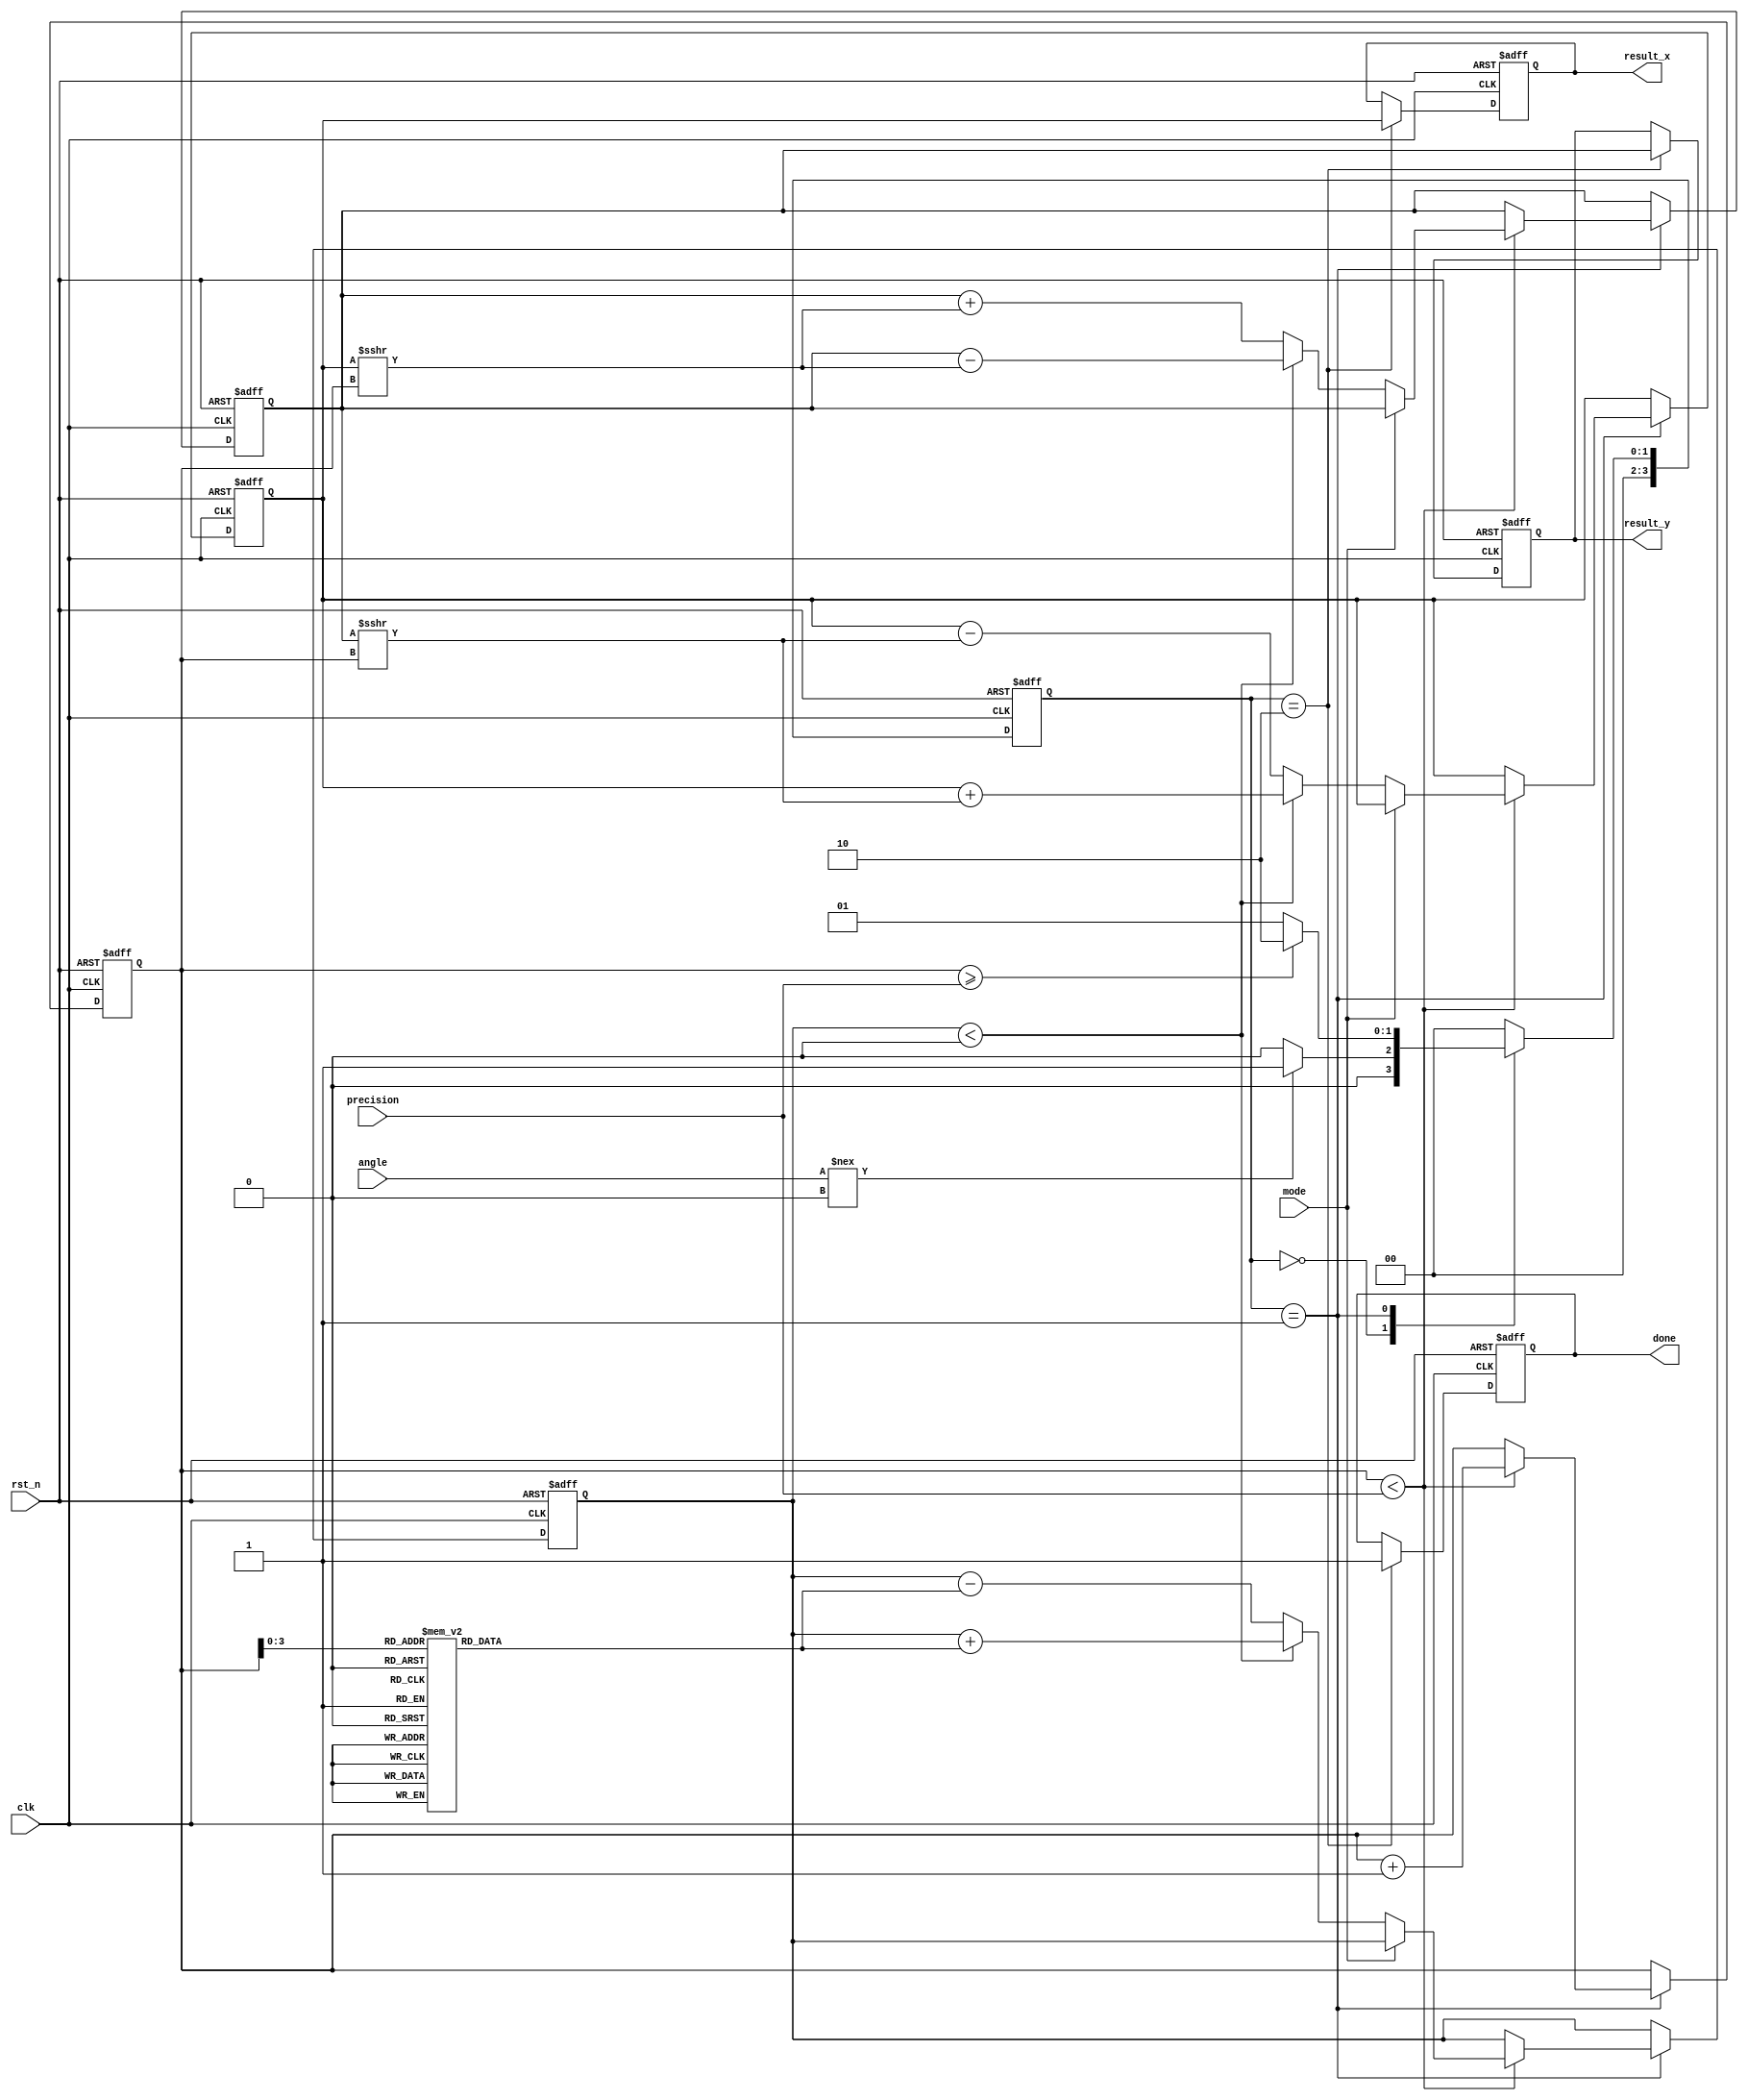
module adaptive_cordic #(
    parameter FIXED_POINT_WIDTH = 16, // Width of the fixed-point representation
    parameter ITERATION_COUNT = 16    // Maximum number of iterations
) (
    input  wire [FIXED_POINT_WIDTH-1:0] angle, // Angle in fixed-point format
    input  wire mode,                          // Mode: 0 for rotation, 1 for vectoring
    input  wire [3:0] precision,               // Precision level to adjust number of iterations
    input  wire clk,                           // Clock signal
    input  wire rst_n,                         // Active low reset
    output reg [FIXED_POINT_WIDTH-1:0] result_x, // Final X coordinate
    output reg [FIXED_POINT_WIDTH-1:0] result_y, // Final Y coordinate
    output reg done                           // Completion flag
);

    // Internal signals
    reg [FIXED_POINT_WIDTH-1:0] x_reg, y_reg; // Registers for storing intermediate results
    reg [4:0] iteration_count; // Count for iterations
    reg [FIXED_POINT_WIDTH-1:0] angle_reg; // Register for the angle
    reg [FIXED_POINT_WIDTH-1:0] arctan_lut [0:ITERATION_COUNT-1]; // Lookup table for arctangent values
    reg [3:0] current_state, next_state;

    // State definitions
    localparam INIT      = 4'b0000;
    localparam COMPUTE   = 4'b0001;
    localparam DONE      = 4'b0010;

    // Assign a default value for LUT (example values)
    initial begin
        arctan_lut[0] = 16'h2000; // atan(2^-0)
        arctan_lut[1] = 16'h1400; // atan(2^-1)
        arctan_lut[2] = 16'h0A00; // atan(2^-2)
        arctan_lut[3] = 16'h0500; // atan(2^-3)
        // ... Fill in rest for higher iterations if necessary
    end

    // State machine for controlling computation flow
    always @(posedge clk or negedge rst_n) begin
        if (!rst_n) begin
            current_state <= INIT;
        end else begin
            current_state <= next_state;
        end
    end

    always @(*) begin
        case (current_state)
            INIT: begin
                if (angle !== 0) begin
                    next_state = COMPUTE; // Move to computation
                end else begin
                    next_state = INIT; // Stay in initial state
                end
            end
            
            COMPUTE: begin
                if (iteration_count >= precision) begin
                    next_state = DONE; // Transition to done state
                end else begin
                    next_state = COMPUTE; // Continue computing
                end
            end
            
            DONE: begin
                next_state = INIT; // Go back to initial state
            end
            
            default: next_state = INIT;
        endcase
    end

    // Iterative computation of CORDIC
    always @(posedge clk or negedge rst_n) begin
        if (!rst_n) begin
            x_reg <= 16'h0001; // Start with x = 1
            y_reg <= 16'h0000; // Start with y = 0
            iteration_count <= 0;
            done <= 0;
            result_x <= 0;
            result_y <= 0;
            angle_reg <= 0;
        end else begin
            case (current_state)
                COMPUTE: begin
                    // Perform CORDIC iteration
                    if (iteration_count < precision) begin
                        // Calculate direction based on current angle
                        if (mode == 1'b0) begin // Rotation mode
                            if (angle_reg < 0) begin
                                x_reg <= x_reg + (y_reg >>> iteration_count);
                                y_reg <= y_reg - (x_reg >>> iteration_count);
                                angle_reg <= angle_reg + arctan_lut[iteration_count];
                            end else begin
                                x_reg <= x_reg - (y_reg >>> iteration_count);
                                y_reg <= y_reg + (x_reg >>> iteration_count);
                                angle_reg <= angle_reg - arctan_lut[iteration_count];
                            end 
                        end else begin // Vectoring mode
                            // Implement vectoring logic as necessary
                        end
                        iteration_count <= iteration_count + 1;
                    end
                end
                
                DONE: begin
                    done <= 1; // Set done flag once computation is finished
                    result_x <= x_reg; // Store final results
                    result_y <= y_reg;
                end
                
                default: begin
                    // Reset values if necessary
                end
            endcase
        end
    end

endmodule